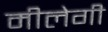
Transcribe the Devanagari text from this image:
मीलेगी